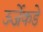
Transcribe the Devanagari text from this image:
ऊर्जेकडे